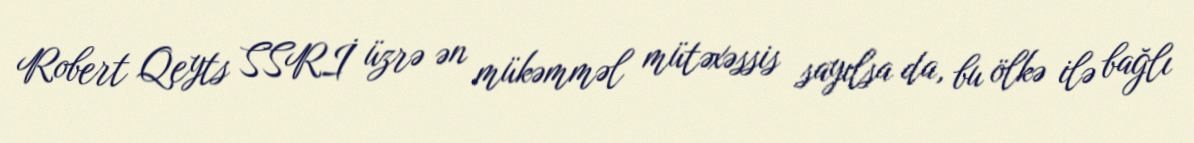
Robert Qeyts SSRİ üzrə ən mükəmməl mütəxəssis sayılsa da, bu ölkə ilə bağlı